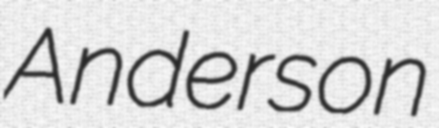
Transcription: Anderson